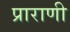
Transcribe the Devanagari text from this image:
प्राराणी